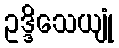
ဥဒ္ဒိသေယျုံ